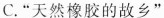
C.”天然橡胶的故乡”